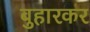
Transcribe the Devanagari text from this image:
बुहारकर